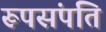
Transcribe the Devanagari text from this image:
रूपसंपति